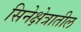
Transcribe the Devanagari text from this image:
सिनेक्षेत्रातील